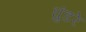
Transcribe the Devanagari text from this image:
घुंडरे